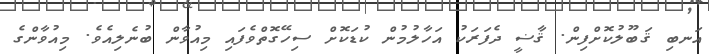
އަނބި ޤަބޫލުކޮށްފިން. ޤާޟީ ދެފަރަކު އަހާލުމުން ކުޑަކޮށް ސިހޭގޮތްވެފައި މިއުވާން ބުނެލިއެވެ. މިއުވާންގެ